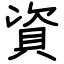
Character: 資